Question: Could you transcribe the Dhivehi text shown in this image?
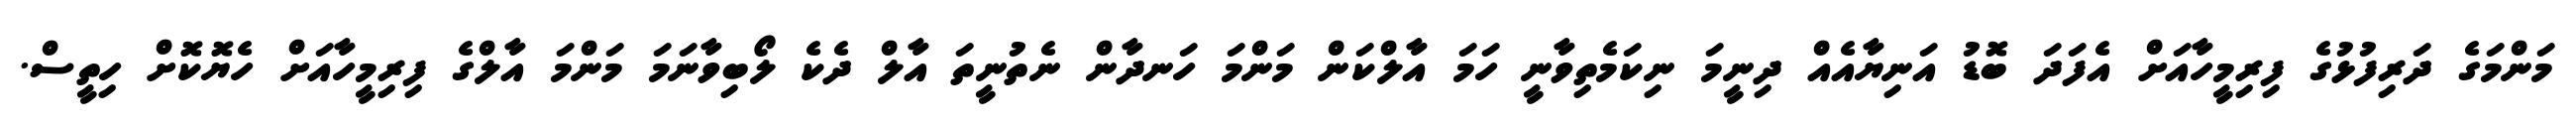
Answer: މަންމަގެ ދަރިފުޅުގެ ފިރިމީހާއަށް އެފަދަ ބޮޑު އަނިޔާއެއް ދިނީމަ ނިކަމެތިވާނީ ހަމަ އާލްކަން މަންމަ ހަނދާން ނެތުނީތަ އާލް ދެކެ ލޯބިވާނަމަ މަންމަ އާލްގެ ފިރިމީހާއަށް ހެޔޮކޮށް ހިތީސް.